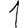
Digit: 1